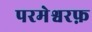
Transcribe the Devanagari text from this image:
परमेश्वरफ़